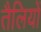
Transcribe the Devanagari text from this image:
तैलियों